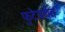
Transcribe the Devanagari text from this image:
फुटेपर्यंत